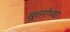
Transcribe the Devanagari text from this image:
खुसरोच्या